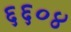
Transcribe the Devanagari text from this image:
६६०४